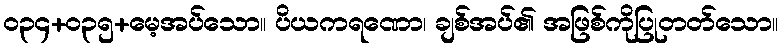
ဝ၃၄+၀၃၅+မေ့အပ်သော။ ပိယကရဏော၊ ချစ်အပ်၏ အဖြစ်ကိုပြုတတ်သော။